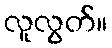
လူလွတ်။